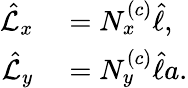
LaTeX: \begin{array}{rl}{\hat{\mathcal{L}}_{x}}&{{}=N_{x}^{\left(c\right)}\hat{\ell},}\\ {\hat{\mathcal{L}}_{y}}&{{}=N_{y}^{\left(c\right)}\hat{\ell}a.}\end{array}